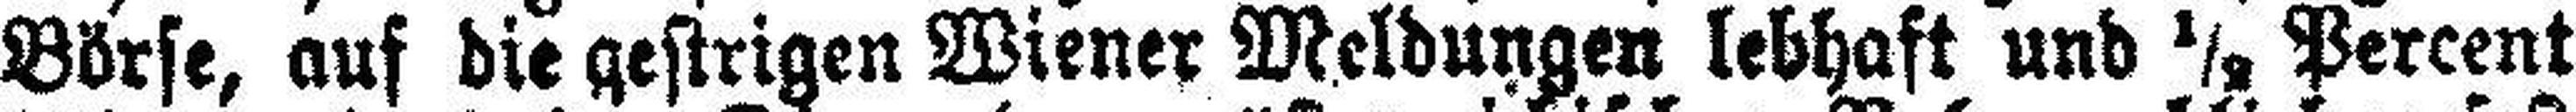
Börse, auf die gestrigen Wiener Meldungen lebhaft und ½ Percent